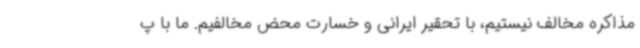
مذاکره مخالف نیستیم، با تحقیر ایرانی و خسارت محض مخالفیم. ما با پ